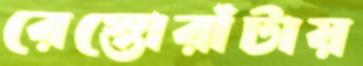
রেস্তোরাঁটায়